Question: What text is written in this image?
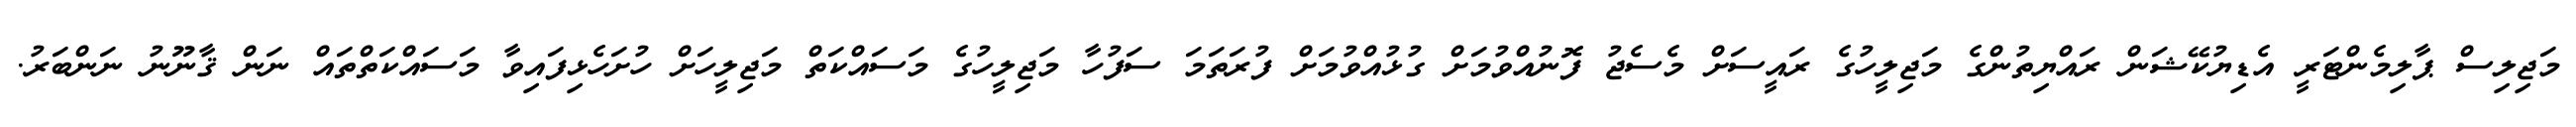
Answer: މަޖިލިސް ޕާލިމެންޓަރީ އެޑިޔުކޭޝަން ރައްޔިތުންގެ މަޖިލީހުގެ ރައީސަށް މެސެޖު ފޮނުއްވުމަށް ގުޅުއްވުމަށް ފުރަތަމަ ސަފުހާ މަޖިލީހުގެ މަސައްކަތް މަޖިލީހަށް ހުށަހެޅިފައިވާ މަސައްކަތްތައް ނަން ޤާނޫނު ނަންބަރު.